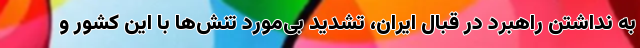
به نداشتن راهبرد در قبال ایران، تشدید بی‌مورد تنش‌ها با این کشور و